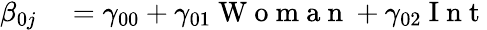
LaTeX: \begin{array}{rl}{\beta_{0j}}&{{}=\gamma_{00}+\gamma_{01}\mathrm{~W~o~m~a~n~}+\gamma_{02}\mathrm{~I~n~t~}}\end{array}